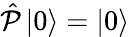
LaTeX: {\hat{\mathcal{P}}}\left|0\right\rangle=\left|0\right\rangle